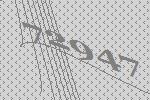
72947